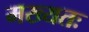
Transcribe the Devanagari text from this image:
मख्यतः